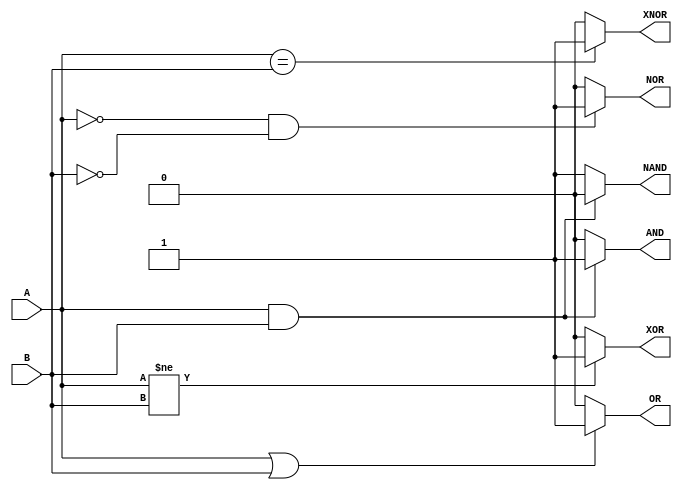
`timescale 1ns / 1ps
//////////////////////////////////////////////////////////////////////////////////
// Company: 
// Engineer: 
// 
// Design Name: 
// Module Name: basic_gates_behav
// Project Name: 
// Target Devices: 
// Tool Versions: 
// Description: 
// 
// Dependencies: 
// 
// Revision:
// Revision 0.01 - File Created
// Additional Comments:
// 
//////////////////////////////////////////////////////////////////////////////////


module basic_gates_behav(
    input wire A, input wire B, output reg AND, output reg OR, 
    output reg NAND, output reg NOR,
    output reg XOR, output reg XNOR
    );


//AND
always @(A or B)
begin
    if (A == 1'b1 & B == 1'b1)
       AND = 1'b1;
    else
       AND = 0;
end

//OR
always @(A or B)
begin
    if (A == 1'b1 | B == 1'b1)
       OR = 1'b1;
    else
       OR = 0;
end

//NAND
always @(A or B)
begin
    if(A == 1'b1 & B == 1'b1)
        NAND = 1'B0;
    else
        NAND = 1'B1;
end

//NOR
always @(A or B)
begin
    if(A == 1'b0 & B == 1'B0)
        NOR = 1'B1;
    else
        NOR = 1'B0;
end

//XOR
always @(A or B)
begin
    if (A != B)
        XOR = 1'B1;
    else
        XOR = 1'B0;
end

//XNOR
always @(A or B)
begin
    if (A == B)
        XNOR = 1'B1;
    else
        XNOR = 1'B0;
end

endmodule